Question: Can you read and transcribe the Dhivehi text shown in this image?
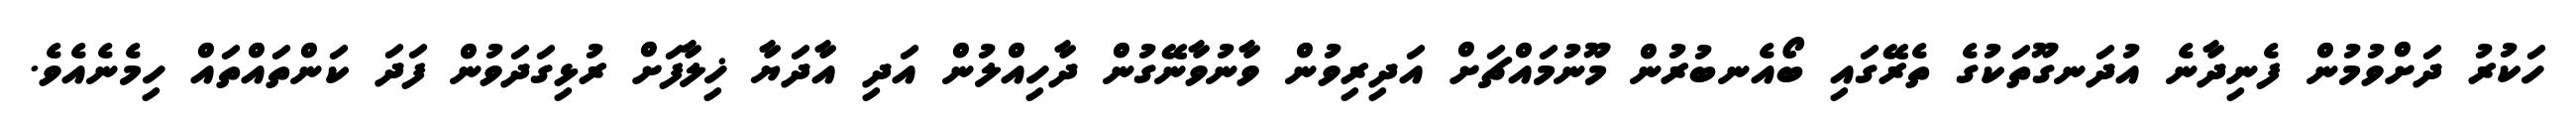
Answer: ހަކުރު ދަށްވުމުން ފެނިދާނެ އުދަނގޫތަކުގެ ތެރޭގައި ބޯއެނބުރުން މޫނުމައްޗަށް އަދިރިވުން ވާނުވާނޭގުން ދާހިއްލުން އަދި އާދަޔާ ޚިލާފަށް ރުޅިގަދަވުން ފަދަ ކަންތައްތައް ހިމެނެއެވެ.